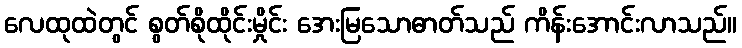
လေထုထဲတွင် စွတ်စိုထိုင်းမှိုင်း အေးမြသောဓာတ်သည် ကိန်းအောင်းလာသည်။